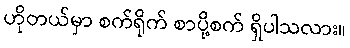
ဟိုတယ်မှာ စက်ရိုက် စာပို့စက် ရှိပါသလား။